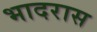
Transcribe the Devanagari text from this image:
भादरास